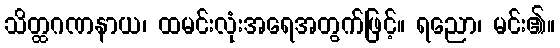
သိတ္ထဂဏနာယ၊ ထမင်းလုံးအရေအတွက်ဖြင့်။ ရညော၊ မင်း၏။